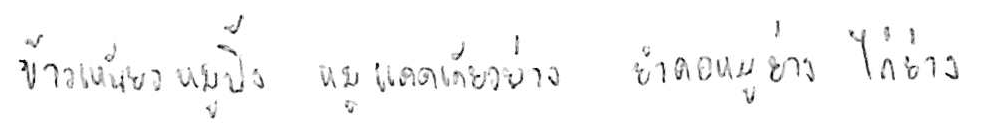
ข้าวเหนียวหมูปิ้ง หมูแดดเดียวย่าง ยำคอหมูย่าง ไก่ย่าง